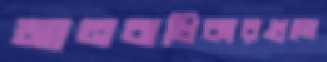
মানবাধিকারগুলো